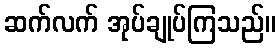
ဆက်လက် အုပ်ချုပ်ကြသည်။